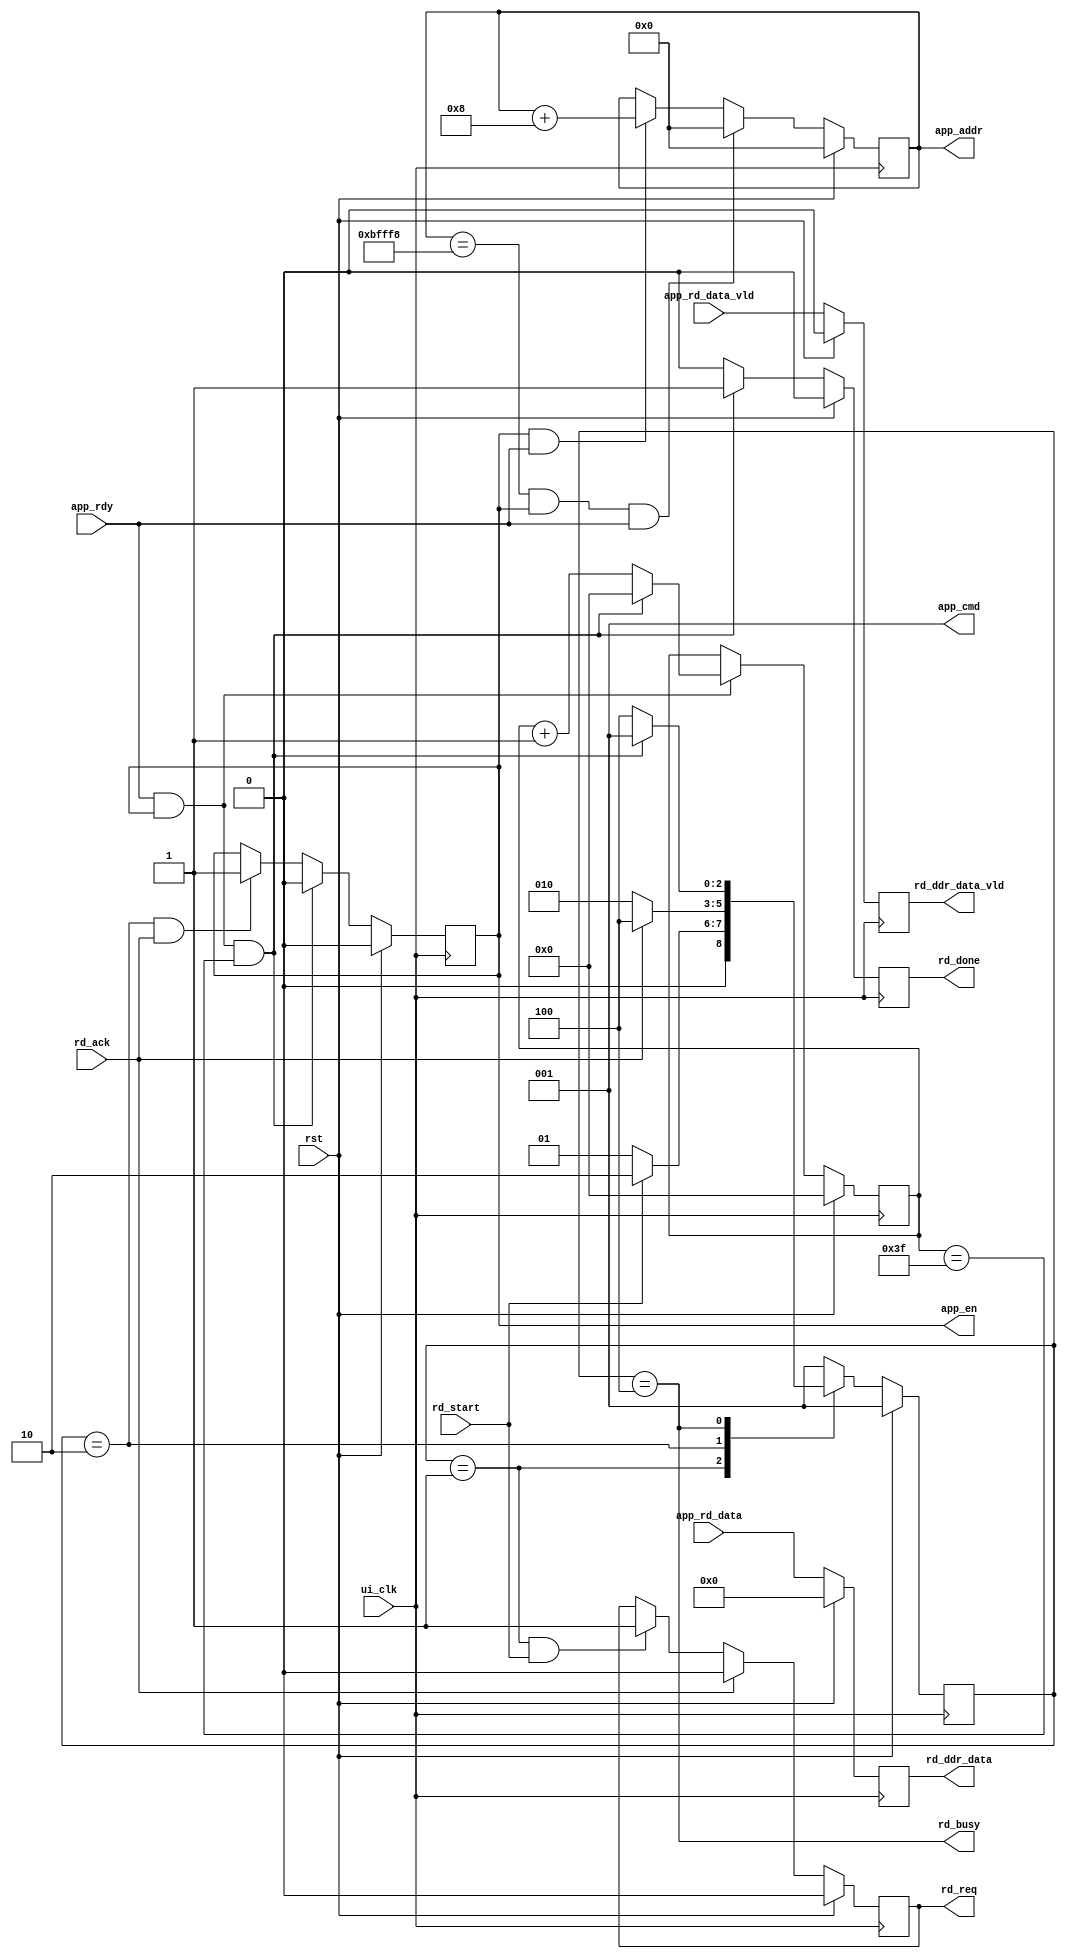
module ddr_rd_ctrl(
    input  wire         ui_clk,
    input  wire         rst,
    input  wire         rd_start,

    output wire         rd_req,
    input  wire         rd_ack,
    output wire         rd_done,
    output wire         rd_busy,

    output wire [2:0]   app_cmd,
    output wire         app_en,
    output wire [28:0]  app_addr,
    input  wire         app_rdy,

    input  wire         app_rd_data_vld,
    input  wire [255:0] app_rd_data,
    output wire         rd_ddr_data_vld,
    output wire [255:0] rd_ddr_data
);
//parameter define
parameter IDLE        = 3'b001;
parameter RD_REQ      = 3'b010;
parameter READ        = 3'b100;

parameter TOTAL_PIXEL = 1024*768 - 8;
parameter BURST_LEN   = 64-1;
//internal signal
reg  [2:0]   state;

reg  [9:0]   cnt_data;
wire         add_cnt_data;
wire         end_cnt_data;
reg  [9:0]   cnt_cmd;
wire         add_cnt_cmd;
wire         end_cnt_cmd;

reg          app_en_r;
reg  [28:0]  app_addr_r;

reg          rd_done_r;
reg          rd_req_r;
reg          rd_ddr_data_vld_r;
reg  [255:0] rd_ddr_data_r;

assign app_cmd         = 3'b001;
assign app_en          = app_en_r;
assign app_addr        = app_addr_r;
assign rd_done         = rd_done_r;
assign rd_busy         = state == READ;
assign rd_req          = rd_req_r;
assign rd_ddr_data     = rd_ddr_data_r;
assign rd_ddr_data_vld = rd_ddr_data_vld_r;
//state machine
always @(posedge ui_clk) begin
    if (rst) begin
        state <= IDLE;
    end
    else begin
        case (state)
            IDLE:begin
                if (rd_start) state <= RD_REQ;
                else state <= IDLE;
            end 
            RD_REQ:begin
                if (rd_ack) state <= READ;
                else state <= RD_REQ;
            end
            READ:begin
                if (end_cnt_cmd) state <= IDLE;
                else state <= READ;
            end
            default: state <= IDLE;
        endcase
    end
end
//cnt_data
always @(posedge ui_clk) begin
    if (rst) begin
        cnt_data <= 0;
    end
    else if (add_cnt_data) begin
        if (end_cnt_data) cnt_data <= 0;
        else cnt_data <= cnt_data + 1'b1;
    end
end

assign add_cnt_data = app_rd_data_vld;
assign end_cnt_data = add_cnt_data && cnt_data == BURST_LEN;
//app_en_r
always @(posedge ui_clk) begin
    if (rst) begin
        app_en_r <= 1'b0;
    end
    else if (end_cnt_cmd) begin
        app_en_r <= 1'b0;
    end
    else if (state == RD_REQ && rd_ack) begin
        app_en_r <= 1'b1;
    end
end
//cnt_cmd
always @(posedge ui_clk) begin
    if (rst) begin
        cnt_cmd <= 0;
    end
    else if (add_cnt_cmd) begin
        if (end_cnt_cmd) begin
            cnt_cmd <= 0;
        end
        else cnt_cmd <= cnt_cmd + 1'b1;
    end
end

assign add_cnt_cmd = app_rdy & app_en_r;
assign end_cnt_cmd = add_cnt_cmd && cnt_cmd == BURST_LEN;

//app_addr_r
always @(posedge ui_clk) begin
    if (rst) begin
        app_addr_r <= 0;
    end
    else if (app_addr_r == TOTAL_PIXEL && app_en_r && app_rdy) begin
        app_addr_r <= 'd0;
    end
    else if (app_en_r && app_rdy) begin
        app_addr_r <= app_addr_r + 'd8;
    end
end
//rd_done_r
always @(posedge ui_clk) begin
    if (rst) begin
        rd_done_r <= 1'b0;
    end
    else if (end_cnt_cmd) begin
        rd_done_r <= 1'b1;
    end
    else rd_done_r <= 1'b0;
end
//rd_req_r
always @(posedge ui_clk) begin
    if (rst) begin
        rd_req_r <= 1'b0;
    end
    else if (rd_ack) begin
        rd_req_r <= 1'b0;
    end
    else if (state == IDLE && rd_start) begin
        rd_req_r <= 1'b1;
    end
end
//rd_ddr_data_r,rd_ddr_data-vld_r
always @(posedge ui_clk) begin
    if (rst) begin
        rd_ddr_data_r     <= 'd0;
        rd_ddr_data_vld_r <= 1'b0;
    end
    else begin
        rd_ddr_data_r     <= app_rd_data;
        rd_ddr_data_vld_r <= app_rd_data_vld;
    end
end
endmodule